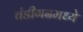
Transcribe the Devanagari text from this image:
चंडीगढमध्ये